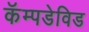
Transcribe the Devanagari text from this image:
कॅम्पडेविड